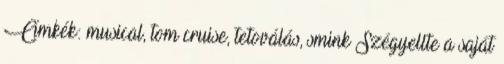
Címkék: musical, tom cruise, tetoválás, smink Szégyellte a saját